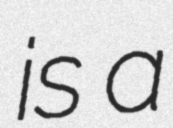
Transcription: is a